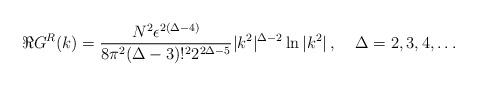
LaTeX: \begin{align*}\Re G^R (k) = { N^2 \epsilon^{2(\Delta - 4 )}\over 8\pi^2(\Delta - 3)!^2 2^{2\Delta - 5} } |k^2|^{\Delta - 2}\ln{|k^2|}\,, \;\;\;\; \Delta = 2, 3, 4, \ldots\end{align*}